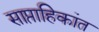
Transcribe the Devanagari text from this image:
साप्ताहिकांत